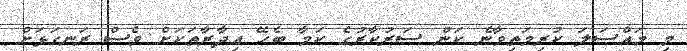
މި މައްސަލަ ކުރިމަތިވާނެ ކަން ސަރުކާރުގެ ކަމާ ބެހޭ އިދާރާތަކަށް ވެސް ރަނގަޅަށް